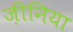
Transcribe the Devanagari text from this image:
ज़ीनिया